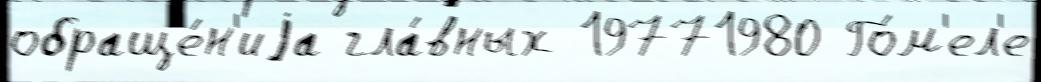
обраще́н'иjа гла́вных 19771980 Го́м'ел'е